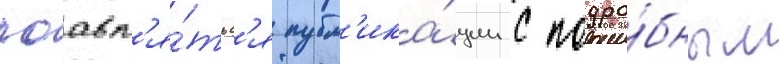
поавл'я́тьс'я публ'ика́ции с подро́бным